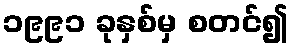
၁၉၉၁ ခုနှစ်မှ စတင်၍